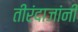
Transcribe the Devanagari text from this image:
तीरंदाजांनी